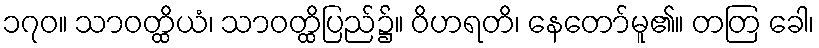
၁၇၀။ သာဝတ္ထိယံ၊ သာဝတ္ထိပြည်၌။ ဝိဟရတိ၊ နေတော်မူ၏။ တတြ ခေါ၊